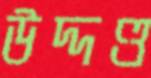
উদ্দণ্ড